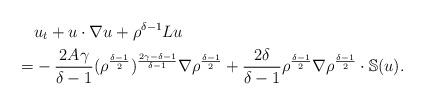
LaTeX: \begin{align*}&u_t+u\cdot\nabla u +\rho^{\delta-1}Lu\\=&-\frac{2A\gamma}{\delta-1}(\rho^{\frac{\delta-1}{2}})^{\frac{2\gamma-\delta-1}{\delta-1}}\nabla \rho^{\frac{\delta-1}{2}}+\frac{2\delta}{\delta-1}\rho^{\frac{\delta-1}{2}}\nabla \rho^{\frac{\delta-1}{2}} \cdot \mathbb{S}(u).\end{align*}